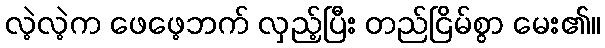
လဲ့လဲ့က ဖေဖေ့ဘက် လှည့်ပြီး တည်ငြိမ်စွာ မေး၏။